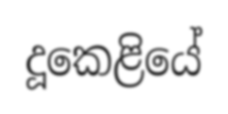
දූකෙළියේ